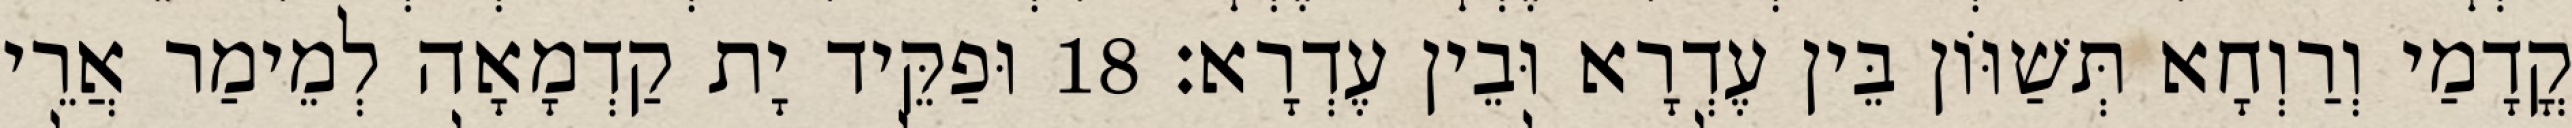
קֳדָמַי וְרַוְחָא תְּשַׁוּוֹן בֵּין עֶדְרָא וּבֵין עֶדְרָא׃ 18 וּפַקֵּיד יָת קַדְמָאָה לְמֵימַר אֲרֵי